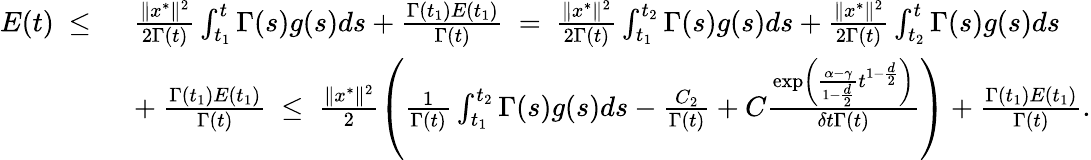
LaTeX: \begin{array}{rl}{E(t)\ \leq\ }&{\frac{\| x^{*}\| ^{2}}{2\Gamma(t)}\int_{t_{1}}^{t}\Gamma(s)g(s)ds+\frac{\Gamma(t_{1})E(t_{1})}{\Gamma(t)}\ =\ \frac{\| x^{*}\| ^{2}}{2\Gamma(t)}\int_{t_{1}}^{t_{2}}\Gamma(s)g(s)ds+\frac{\| x^{*}\| ^{2}}{2\Gamma(t)}\int_{t_{2}}^{t}\Gamma(s)g(s)ds}\\ &{+\ \frac{\Gamma(t_{1})E(t_{1})}{\Gamma(t)}\ \leq\ \frac{\| x^{*}\| ^{2}}{2}\left(\frac{1}{\Gamma(t)}\int_{t_{1}}^{t_{2}}\Gamma(s)g(s)ds-\frac{C_{2}}{\Gamma(t)}+C\frac{\exp\left(\frac{\alpha-\gamma}{1-\frac{d}{2}}t^{1-\frac{d}{2}}\right)}{\delta t\Gamma(t)}\right)+\frac{\Gamma(t_{1})E(t_{1})}{\Gamma(t)}.}\end{array}